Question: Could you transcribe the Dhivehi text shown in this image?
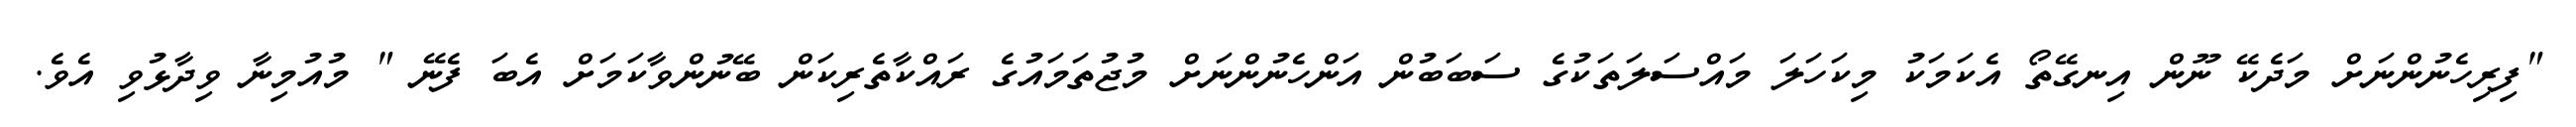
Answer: "ފިރިހެނުންނަށް މަދެކޭ ނޫން އިނގޭތޯ އެކަމަކު މިކަހަލަ މައްސަލަތަކުގެ ސަބަބުން އަންހެނުންނަށް މުޖުތަމައުގެ ރައްކާތެރިކަން ބޭނުންވާކަމަށް އެބަ ފެނޭ " މުއުމިނާ ވިދާޅުވި އެވެ.